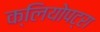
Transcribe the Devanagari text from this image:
क्लियोपट्रा